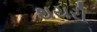
થયરી